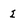
Character: 2